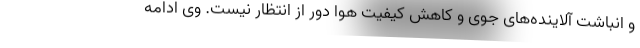
و انباشت آلاینده‌های جوی و کاهش کیفیت هوا دور از انتظار نیست. وی ادامه